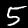
Digit: 5